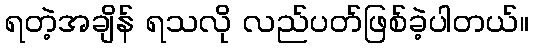
ရတဲ့အချိန် ရသလို လည်ပတ်ဖြစ်ခဲ့ပါတယ်။